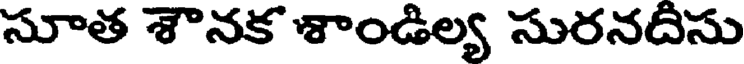
సూత శౌనక శాండిల్య సురనదిసు